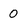
Character: 0